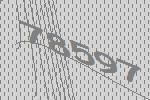
78597